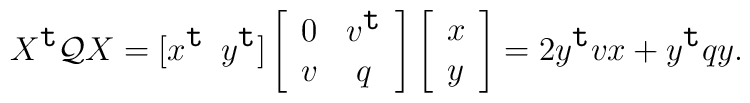
X^\texttt{t} {\cal Q} X=[x^\texttt{t} \,\,\,y^\texttt{t}]\left[\begin{array}{cc}    0& v^\texttt{t}\\v&q\end{array}\right]\left[\begin{array}{c}    x\\y\end{array}\right]=2y^\texttt{t} v x+y^\texttt{t} q y.